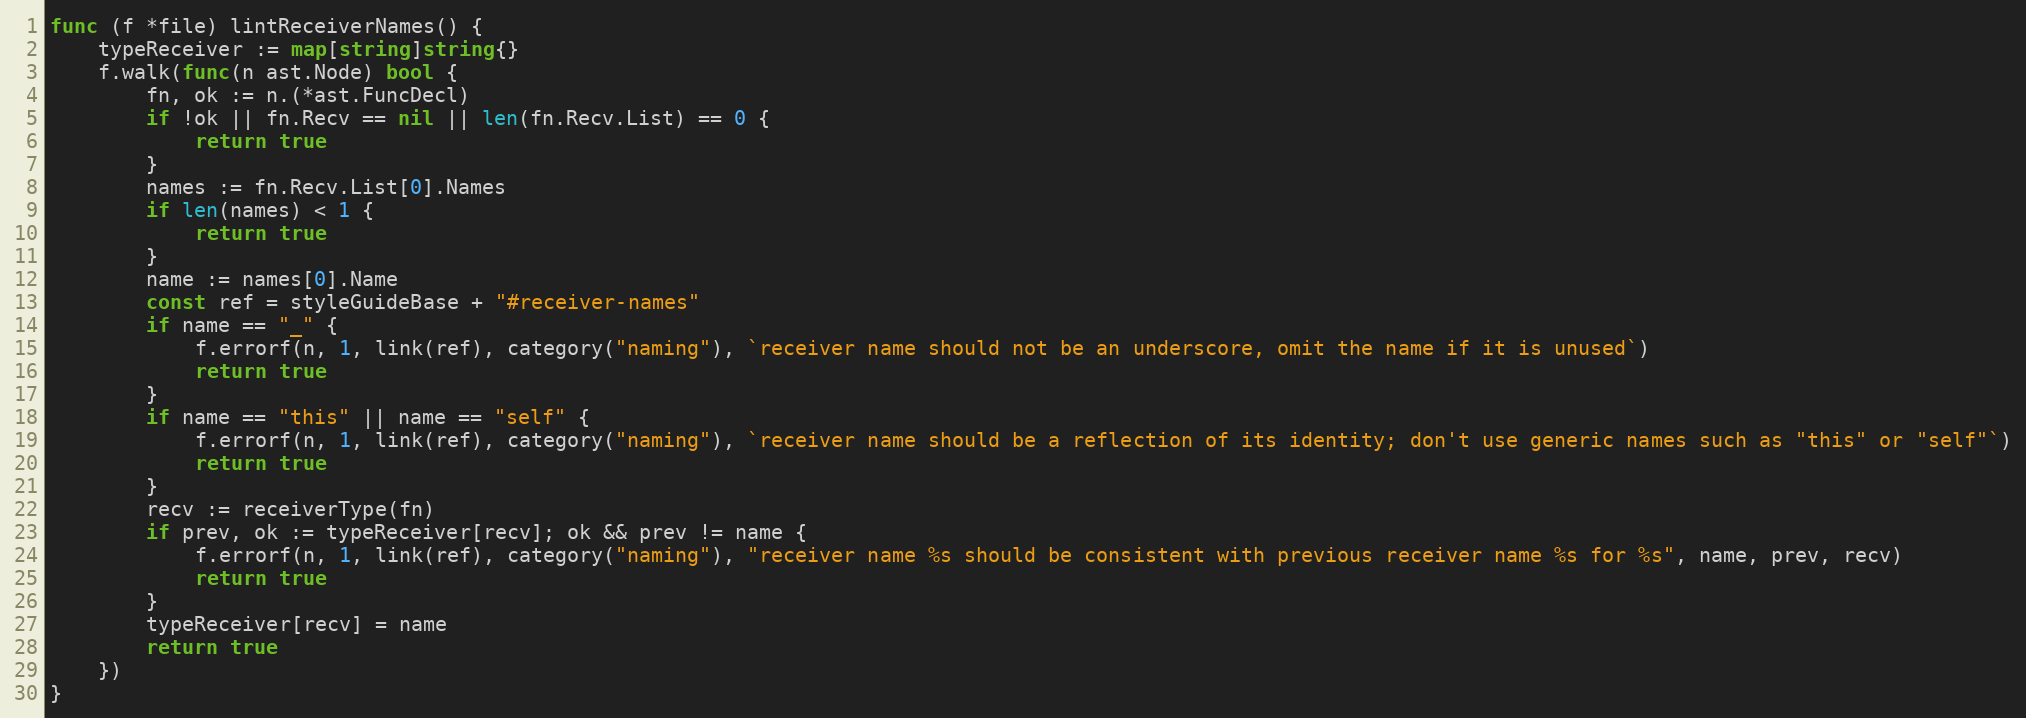
Language: Go
func (f *file) lintReceiverNames() {
	typeReceiver := map[string]string{}
	f.walk(func(n ast.Node) bool {
		fn, ok := n.(*ast.FuncDecl)
		if !ok || fn.Recv == nil || len(fn.Recv.List) == 0 {
			return true
		}
		names := fn.Recv.List[0].Names
		if len(names) < 1 {
			return true
		}
		name := names[0].Name
		const ref = styleGuideBase + "#receiver-names"
		if name == "_" {
			f.errorf(n, 1, link(ref), category("naming"), `receiver name should not be an underscore, omit the name if it is unused`)
			return true
		}
		if name == "this" || name == "self" {
			f.errorf(n, 1, link(ref), category("naming"), `receiver name should be a reflection of its identity; don't use generic names such as "this" or "self"`)
			return true
		}
		recv := receiverType(fn)
		if prev, ok := typeReceiver[recv]; ok && prev != name {
			f.errorf(n, 1, link(ref), category("naming"), "receiver name %s should be consistent with previous receiver name %s for %s", name, prev, recv)
			return true
		}
		typeReceiver[recv] = name
		return true
	})
}